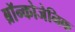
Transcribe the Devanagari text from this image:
ब्रॉन्कोजेनिक